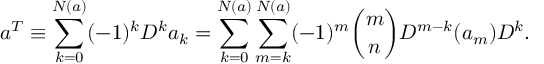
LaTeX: a ^ { T } \equiv \sum _ { k = 0 } ^ { N ( a ) } ( - 1 ) ^ { k } D ^ { k } a _ { k } = \sum _ { k = 0 } ^ { N ( a ) } \sum _ { m = k } ^ { N ( a ) } ( - 1 ) ^ { m } { \binom { m } { n } } D ^ { m - k } ( a _ { m } ) D ^ { k } .